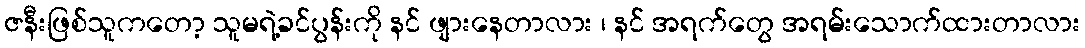
ဇနီးဖြစ်သူကတော့ သူမရဲ့ခင်ပွန်းကို နင် ဖျားနေတာလား ၊ နင် အရက်တွေ အရမ်းသောက်ထားတာလား